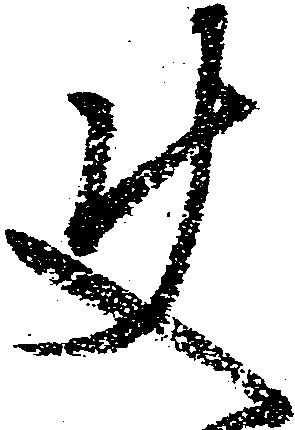
使